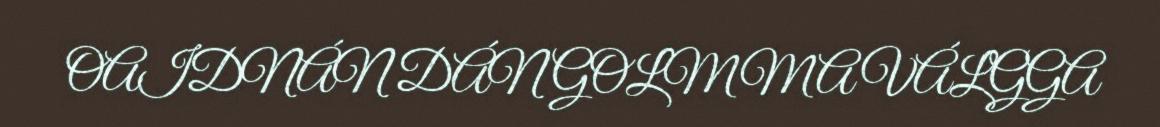
OAIDNÁN DÁN GOLMMA VÁLGGA